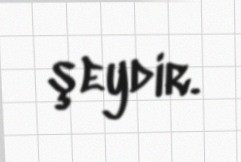
şeydir.